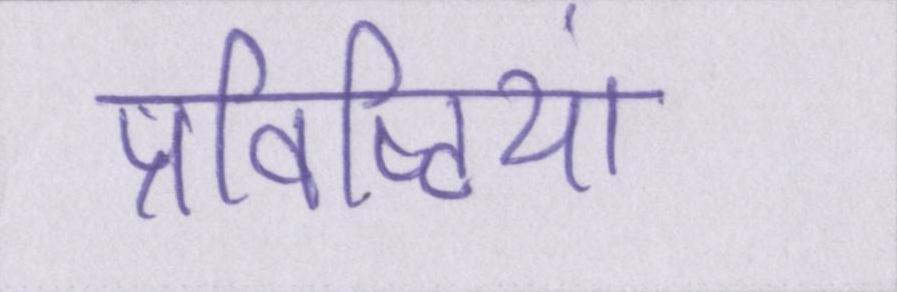
प्रविष्टियां